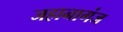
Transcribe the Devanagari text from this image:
जहानागंज